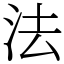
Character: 法